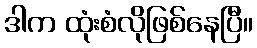
ဒါက ထုံးစံလိုဖြစ်နေပြီ။